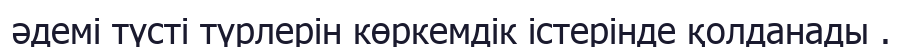
әдемі түсті түрлерін көркемдік істерінде қолданады .